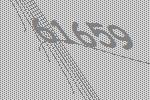
61659